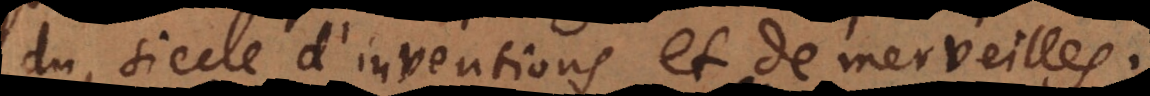
du siecle d’inventions et de merveilles.